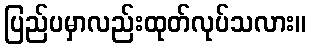
ပြည်ပမှာလည်းထုတ်လုပ်သလား။